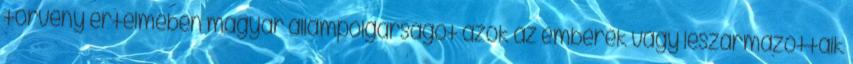
törvény értelmében magyar állampolgárságot azok az emberek vagy leszármazottaik